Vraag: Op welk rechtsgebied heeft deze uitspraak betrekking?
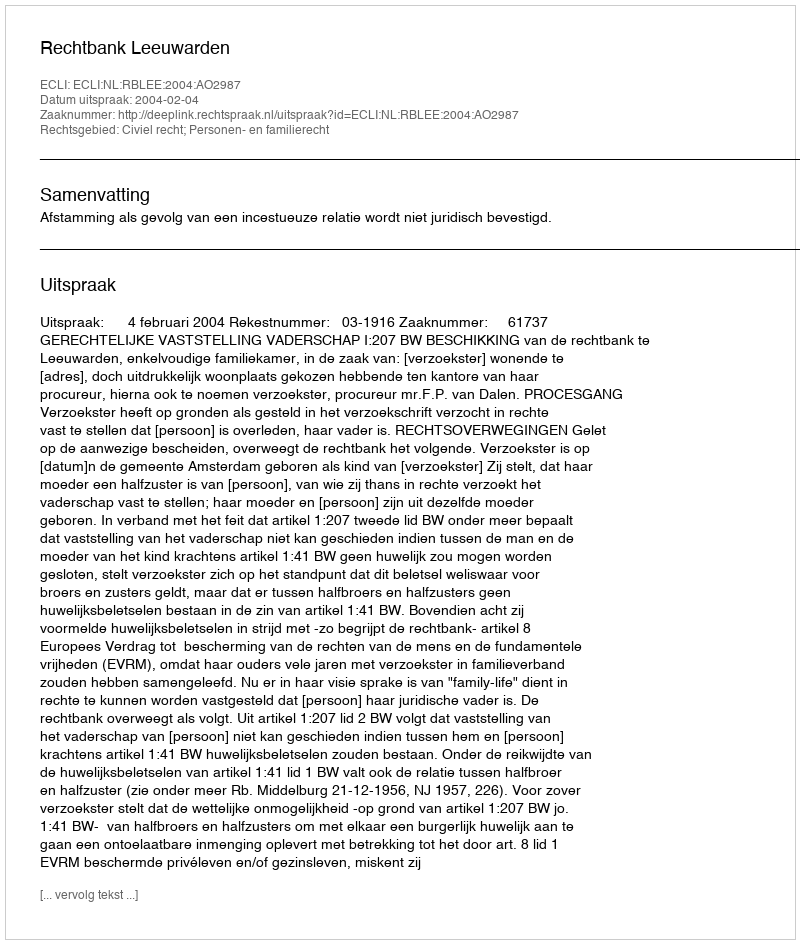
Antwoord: Civiel recht; Personen- en familierecht